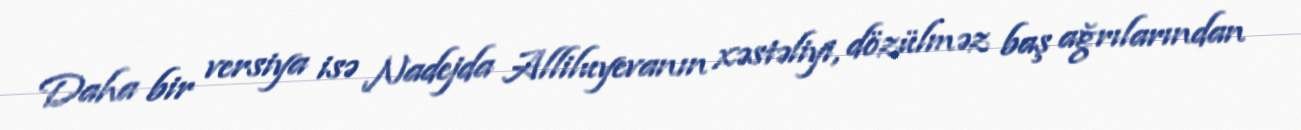
Daha bir versiya isə Nadejda Alliluyevanın xəstəliyi, dözülməz baş ağrılarından